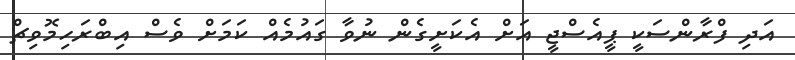
އަދި ފްރާންސަކީ ޕީއެސްޖީ އަށް އެކަށީގެން ނުވާ ގައުމެއް ކަމަށް ވެސް އިބްރަހިމޮވިޗް